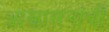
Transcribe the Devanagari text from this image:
आश्वासनांची